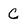
Character: C